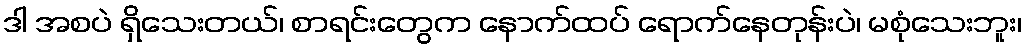
ဒါ အစပဲ ရှိသေးတယ်၊ စာရင်းတွေက နောက်ထပ် ရောက်နေတုန်းပဲ၊ မစုံသေးဘူး၊